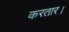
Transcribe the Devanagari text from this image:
करतार।